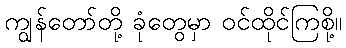
ကျွန်တော်တို့ ခုံတွေမှာ ဝင်ထိုင်ကြစို့။